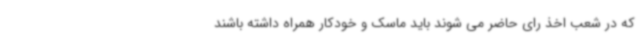
که در شعب اخذ رای حاضر می شوند باید ماسک و خودکار همراه داشته باشند